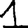
Digit: 1